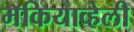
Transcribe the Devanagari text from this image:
मॅकियाव्हेली